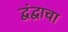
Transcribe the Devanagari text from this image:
द्वंद्वाचा